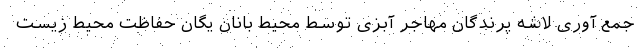
جمع آوری لاشه پرندگان مهاجر آبزی توسط محیط بانان یگان حفاظت محیط زیست